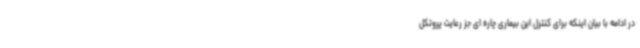
در ادامه با بیان اینکه برای کنترل این بیماری چاره ای جز رعایت پروتکل